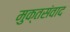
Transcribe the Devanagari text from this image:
मुक्तसंवाद